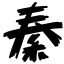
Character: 秦